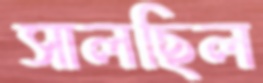
সালছিল